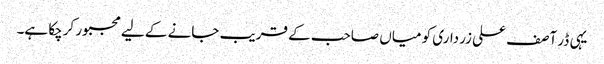
یہی ڈر آصف علی زرداری کو میاں صاحب کے قریب جانے کے لیے مجبور کرچکا ہے۔